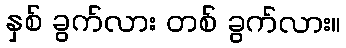
နှစ် ခွက်လား တစ် ခွက်လား။